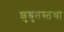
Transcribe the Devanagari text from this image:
शुश्रुतस्तथा